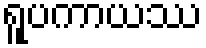
ရူပကာယဿ